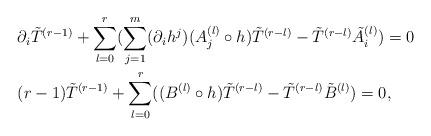
LaTeX: \begin{align*}& \partial_i \tilde{T}^{(r-1)}+ \sum_{l=0}^r (\sum_{j=1}^{m} (\partial_{i}{h^{j}}) (A_j^{(l)}\circ h) \tilde{T}^{(r-l)}-\tilde{T}^{(r-l)} \tilde{A}_i^{(l)})=0\\& (r-1)\tilde{T}^{(r-1)}+\sum_{l=0}^r ( (B^{(l)}\circ h ) \tilde{T}^{(r-l)}-\tilde{T}^{(r-l)} \tilde{B}^{(l)}) =0,\end{align*}